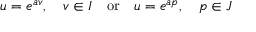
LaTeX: u = e ^ { a v } , \quad v \in I \quad { \mathrm { o r } } \quad u = e ^ { a p } , \quad p \in J